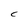
Character: C